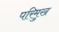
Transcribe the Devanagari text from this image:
परिमुख